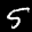
Label: 5